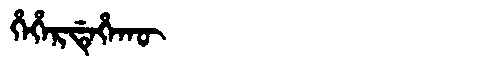
Manchu: ᡥᡝᡥᡝᡵᡩᡝᡥᠠᡴᡡ
Romanization: HEHERDEHAKŪ